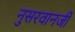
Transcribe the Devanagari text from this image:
नुसरवानजी